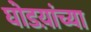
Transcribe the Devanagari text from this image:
घोडय़ांच्या